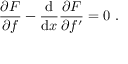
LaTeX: { \frac { \partial F } { \partial f } } - { \frac { \mathrm { d } } { \mathrm { d } x } } { \frac { \partial F } { \partial f ^ { \prime } } } = 0 \ .